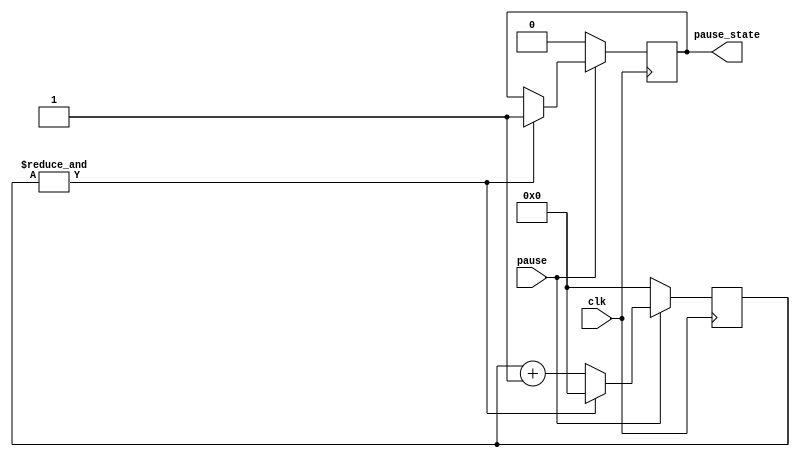
`timescale 1ns / 1ps
//////////////////////////////////////////////////////////////////////////////////
// Company: 
// Engineer: 
// 
// Design Name: 
// Module Name:    debouncer 
// Project Name: 
// Target Devices: 
// Tool versions: 
// Description: 
//
// Dependencies: 
//
// Revision: 
// Revision 0.01 - File Created
// Additional Comments: 
//
//////////////////////////////////////////////////////////////////////////////////
// code adapted from http://www.fpga4fun.com/Debouncer2.html
module debouncer (
	input clk,
	input pause,
	
	output pause_state
);

	reg pause_state_temp;
	
	reg [15:0] pause_cnt;
	
	wire pause_cnt_max = &pause_cnt;

	always @(posedge clk)
	if(pause == 0)
		begin
		pause_cnt <= 0;
		pause_state_temp <= 0;
		end
	else
	begin
		pause_cnt <= pause_cnt + 16'd1;
		if(pause_cnt_max)
			begin
			pause_state_temp <= 1;
			pause_cnt <= 0;
			end
	end
	
	assign pause_state = pause_state_temp;
endmodule